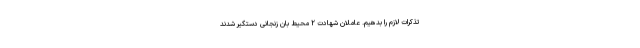
تذکرات لازم را بدهیم. عاملان شهادت ۲ محیط بان زنجانی دستگیر شدند